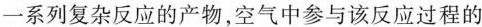
一系列复杂反应的产物，空气中参与该反应过程的